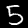
Digit: 5